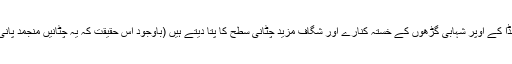
ٹائیٹینا اور مرنڈا کے اوپر شہابی گڑھوں کے خستہ کنارے اور شگاف مزید چٹانی سطح کا پتا دیتے ہیں (باوجود اس حقیقت کہ یہ چٹانیں منجمد پانی سے بنی ہیں)۔